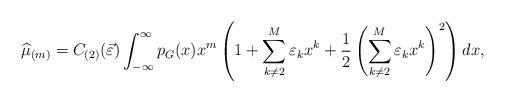
LaTeX: \begin{align*}\widehat{\mu}_{(m)}=C_{(2)}(\vec{\varepsilon}) \int_{-\infty}^{\infty} p_{G}(x) x^{m} \left(1+\sum_{k\neq 2}^{M} \varepsilon_{k}x^{k} + \frac{1}{2} \left(\sum_{k\neq 2}^{M} \varepsilon_{k}x^{k} \right)^{2} \right)dx, \end{align*}